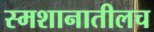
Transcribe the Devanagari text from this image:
स्मशानातीलच